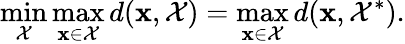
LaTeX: \operatorname*{min}_{\mathcal{X}}\operatorname*{max}_{\mathbf{x}\in\mathcal{X}}d(\mathbf{x},\mathcal{X})=\operatorname*{max}_{\mathbf{x}\in\mathcal{X}}d(\mathbf{x},\mathcal{X}^{*}).